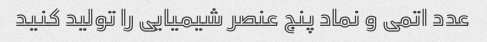
عدد اتمی و نماد پنج عنصر شیمیایی را تولید کنید